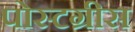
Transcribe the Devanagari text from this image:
पोस्टग्रीस